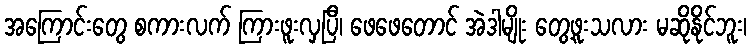
အကြောင်းတွေ စကားလက် ကြားဖူးလှပြီ၊ ဖေဖေတောင် အဲဒါမျိုး တွေ့ဖူးသလား မဆိုနိုင်ဘူး၊